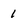
Character: 1